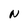
Character: N